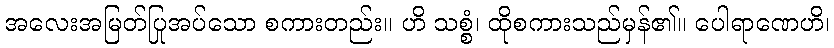
အလေးအမြတ်ပြုအပ်သော စကားတည်း။ ဟိ သစ္စံ၊ ထိုစကားသည်မှန်၏။ ပေါရာဏေဟိ၊